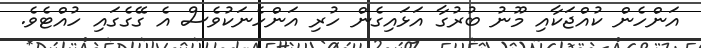
އަންހެން ކުއްޖަކާއި މޫނު ބުރުގާ އަޅައިގެން ހުރި އަންހެނަކުވެސް އެ ގޭގެގައި ހުއްޓެވެ.